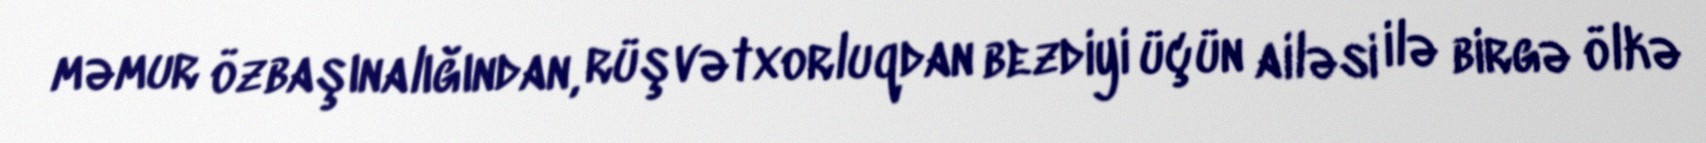
məmur özbaşınalığından, rüşvətxorluqdan bezdiyi üçün ailəsi ilə birgə ölkə